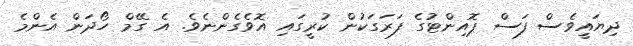
ދިޔައީވެސް ފަސް ޕޮއިންޓުގެ ފަރަގަކުން ކުރީގައި އޮވެގެންނެވެ. އެ ގޭމް ހޯދަން އެންމެ